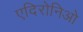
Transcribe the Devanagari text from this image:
एदिरोनिओ